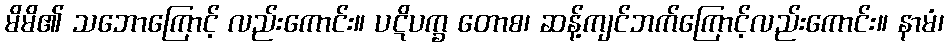
မိမိ၏ သဘောကြောင့် လည်းကောင်း။ ပဋိပက္ခ တောစ၊ ဆန့်ကျင်ဘက်ကြောင့်လည်းကောင်း။ နာမံ၊